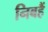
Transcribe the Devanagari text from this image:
निबहैं